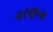
વરણના